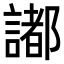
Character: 𧬥